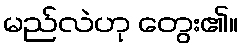
မည်လဲဟု တွေး၏။